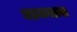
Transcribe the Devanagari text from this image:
धडकताना